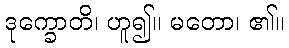
ဒုက္ခောတိ၊ ဟူ၍။ မတော၊ ၏။